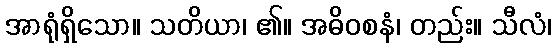
အာရုံရှိသော။ သတိယာ၊ ၏။ အဓိဝစနံ၊ တည်း။ သီလံ၊